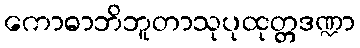
ကောဓာဘိဘူတာသုပုထုတ္တဒဏ္ဍာ